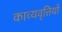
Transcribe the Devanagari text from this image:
काव्यवृत्तियों